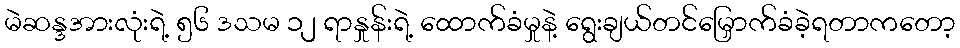
မဲဆန္ဒအားလုံးရဲ့ ၅၆ ဒသမ ၁၂ ရာနှုန်းရဲ့ ထောက်ခံမှုနဲ့ ရွေးချယ်တင်မြှောက်ခံခဲ့ရတာကတော့